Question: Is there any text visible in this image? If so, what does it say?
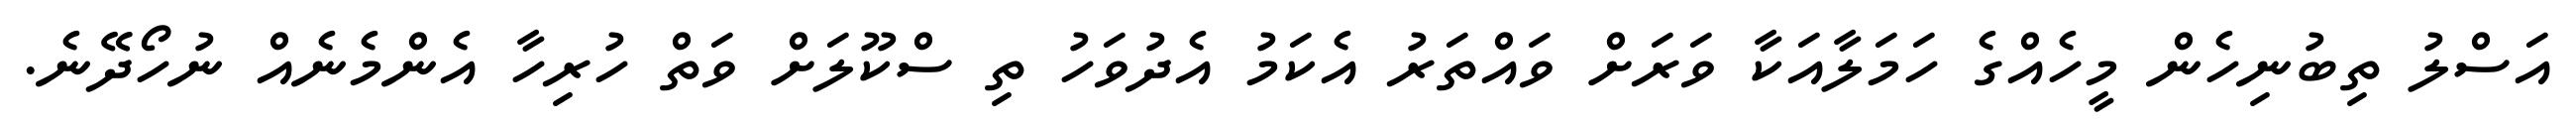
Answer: އަސްލު ތިބުނިހެން މީހެއްގެ ހަމަލާއަކާ ވަރަށް ވައްތަރު އެކަމު އެދުވަހު ތި ސްކޫލަށް ވަތް ހުރިހާ އެންމެނެއް ނުހޯދޭނެ.